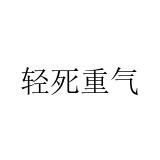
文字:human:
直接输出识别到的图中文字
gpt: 轻死重气